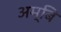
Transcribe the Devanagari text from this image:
अम्बि